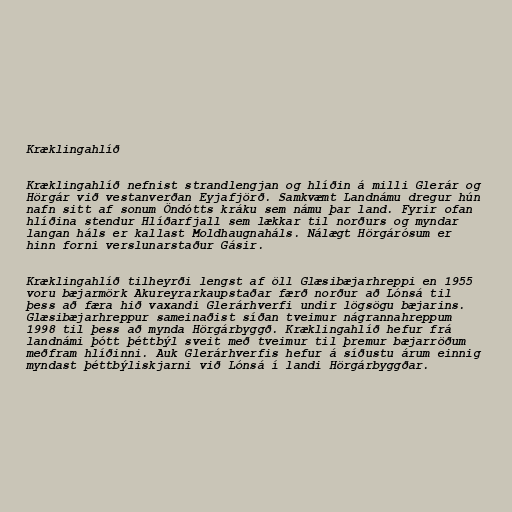
Kræklingahlíð

Kræklingahlíð nefnist strandlengjan og hlíðin á milli Glerár og
Hörgár við vestanverðan Eyjafjörð. Samkvæmt Landnámu dregur hún
nafn sitt af sonum Öndótts kráku sem námu þar land. Fyrir ofan
hlíðina stendur Hlíðarfjall sem lækkar til norðurs og myndar
langan háls er kallast Moldhaugnaháls. Nálægt Hörgárósum er
hinn forni verslunarstaður Gásir.

Kræklingahlíð tilheyrði lengst af öll Glæsibæjarhreppi en 1955
voru bæjarmörk Akureyrarkaupstaðar færð norður að Lónsá til
þess að færa hið vaxandi Glerárhverfi undir lögsögu bæjarins.
Glæsibæjarhreppur sameinaðist síðan tveimur nágrannahreppum
1998 til þess að mynda Hörgárbyggð. Kræklingahlíð hefur frá
landnámi þótt þéttbýl sveit með tveimur til þremur bæjarröðum
meðfram hlíðinni. Auk Glerárhverfis hefur á síðustu árum einnig
myndast þéttbýliskjarni við Lónsá í landi Hörgárbyggðar.